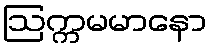
ဩက္ကမမာနော